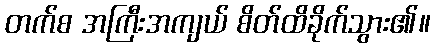
တက်စ အကြီးအကျယ် စိတ်ထိခိုက်သွား၏။